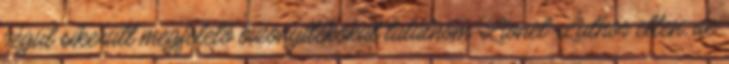
végül sikerült megfelelõ bizonyítékokat találnom Lionel Luthor ellen, de